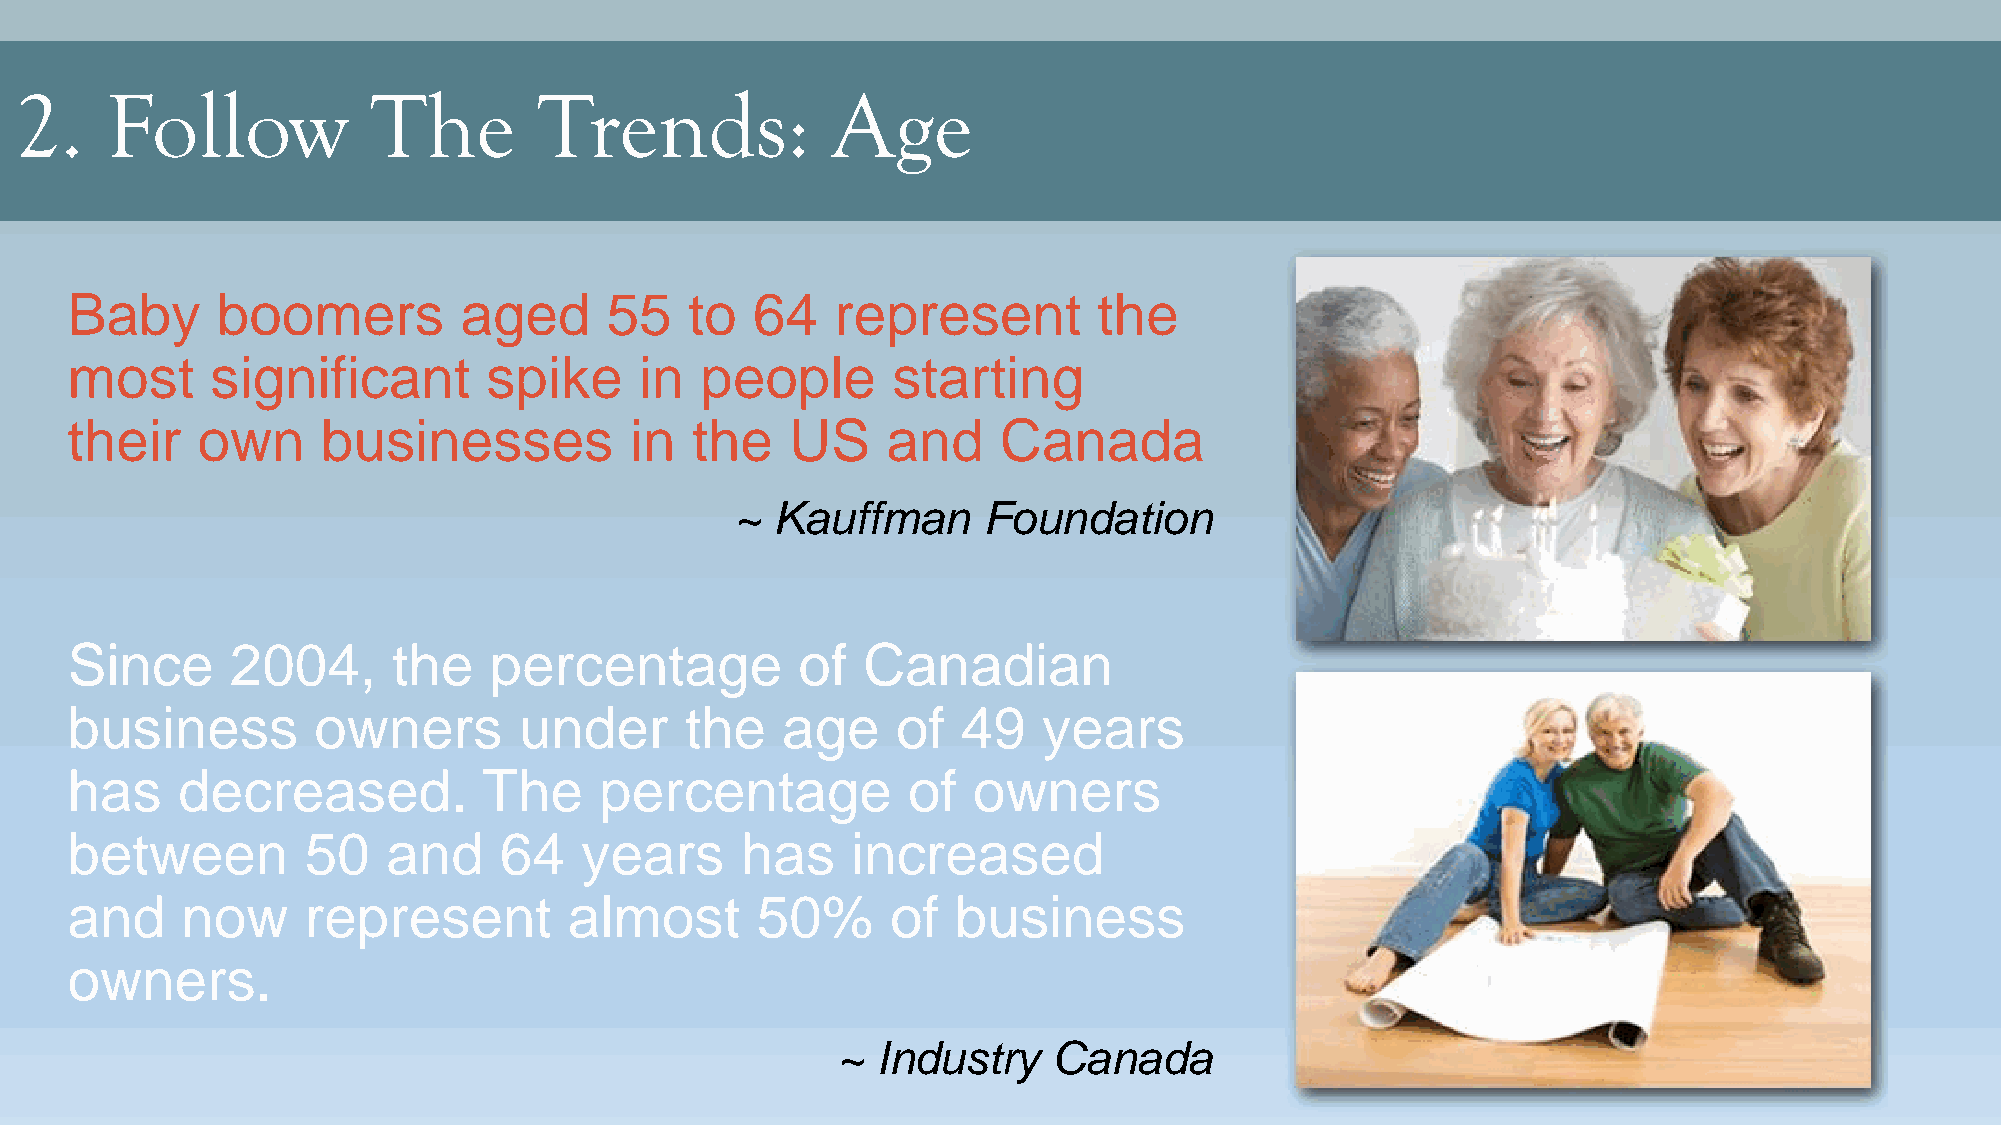
2.    Follow            The        Trends:            Age
 Baby      boomers         aged      55    to  64   represent         the
 most      significant       spike     in  people       starting
 their    own     businesses           in  the   US     and    Canada
 ~ Kauffman      Foundation
 Since      2004,      the   percentage           of  Canadian
 business         owners       under      the    age    of   49   years
 has     decreased.          The     percentage          of  owners
 between         50    and    64   years      has    increased
 and     now     represent         almost      50%      of  business
 owners.
 ~  Industry    Canada